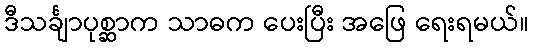
ဒီသင်္ချာပုစ္ဆာက သာဓက ပေးပြီး အဖြေ ရေးရမယ်။